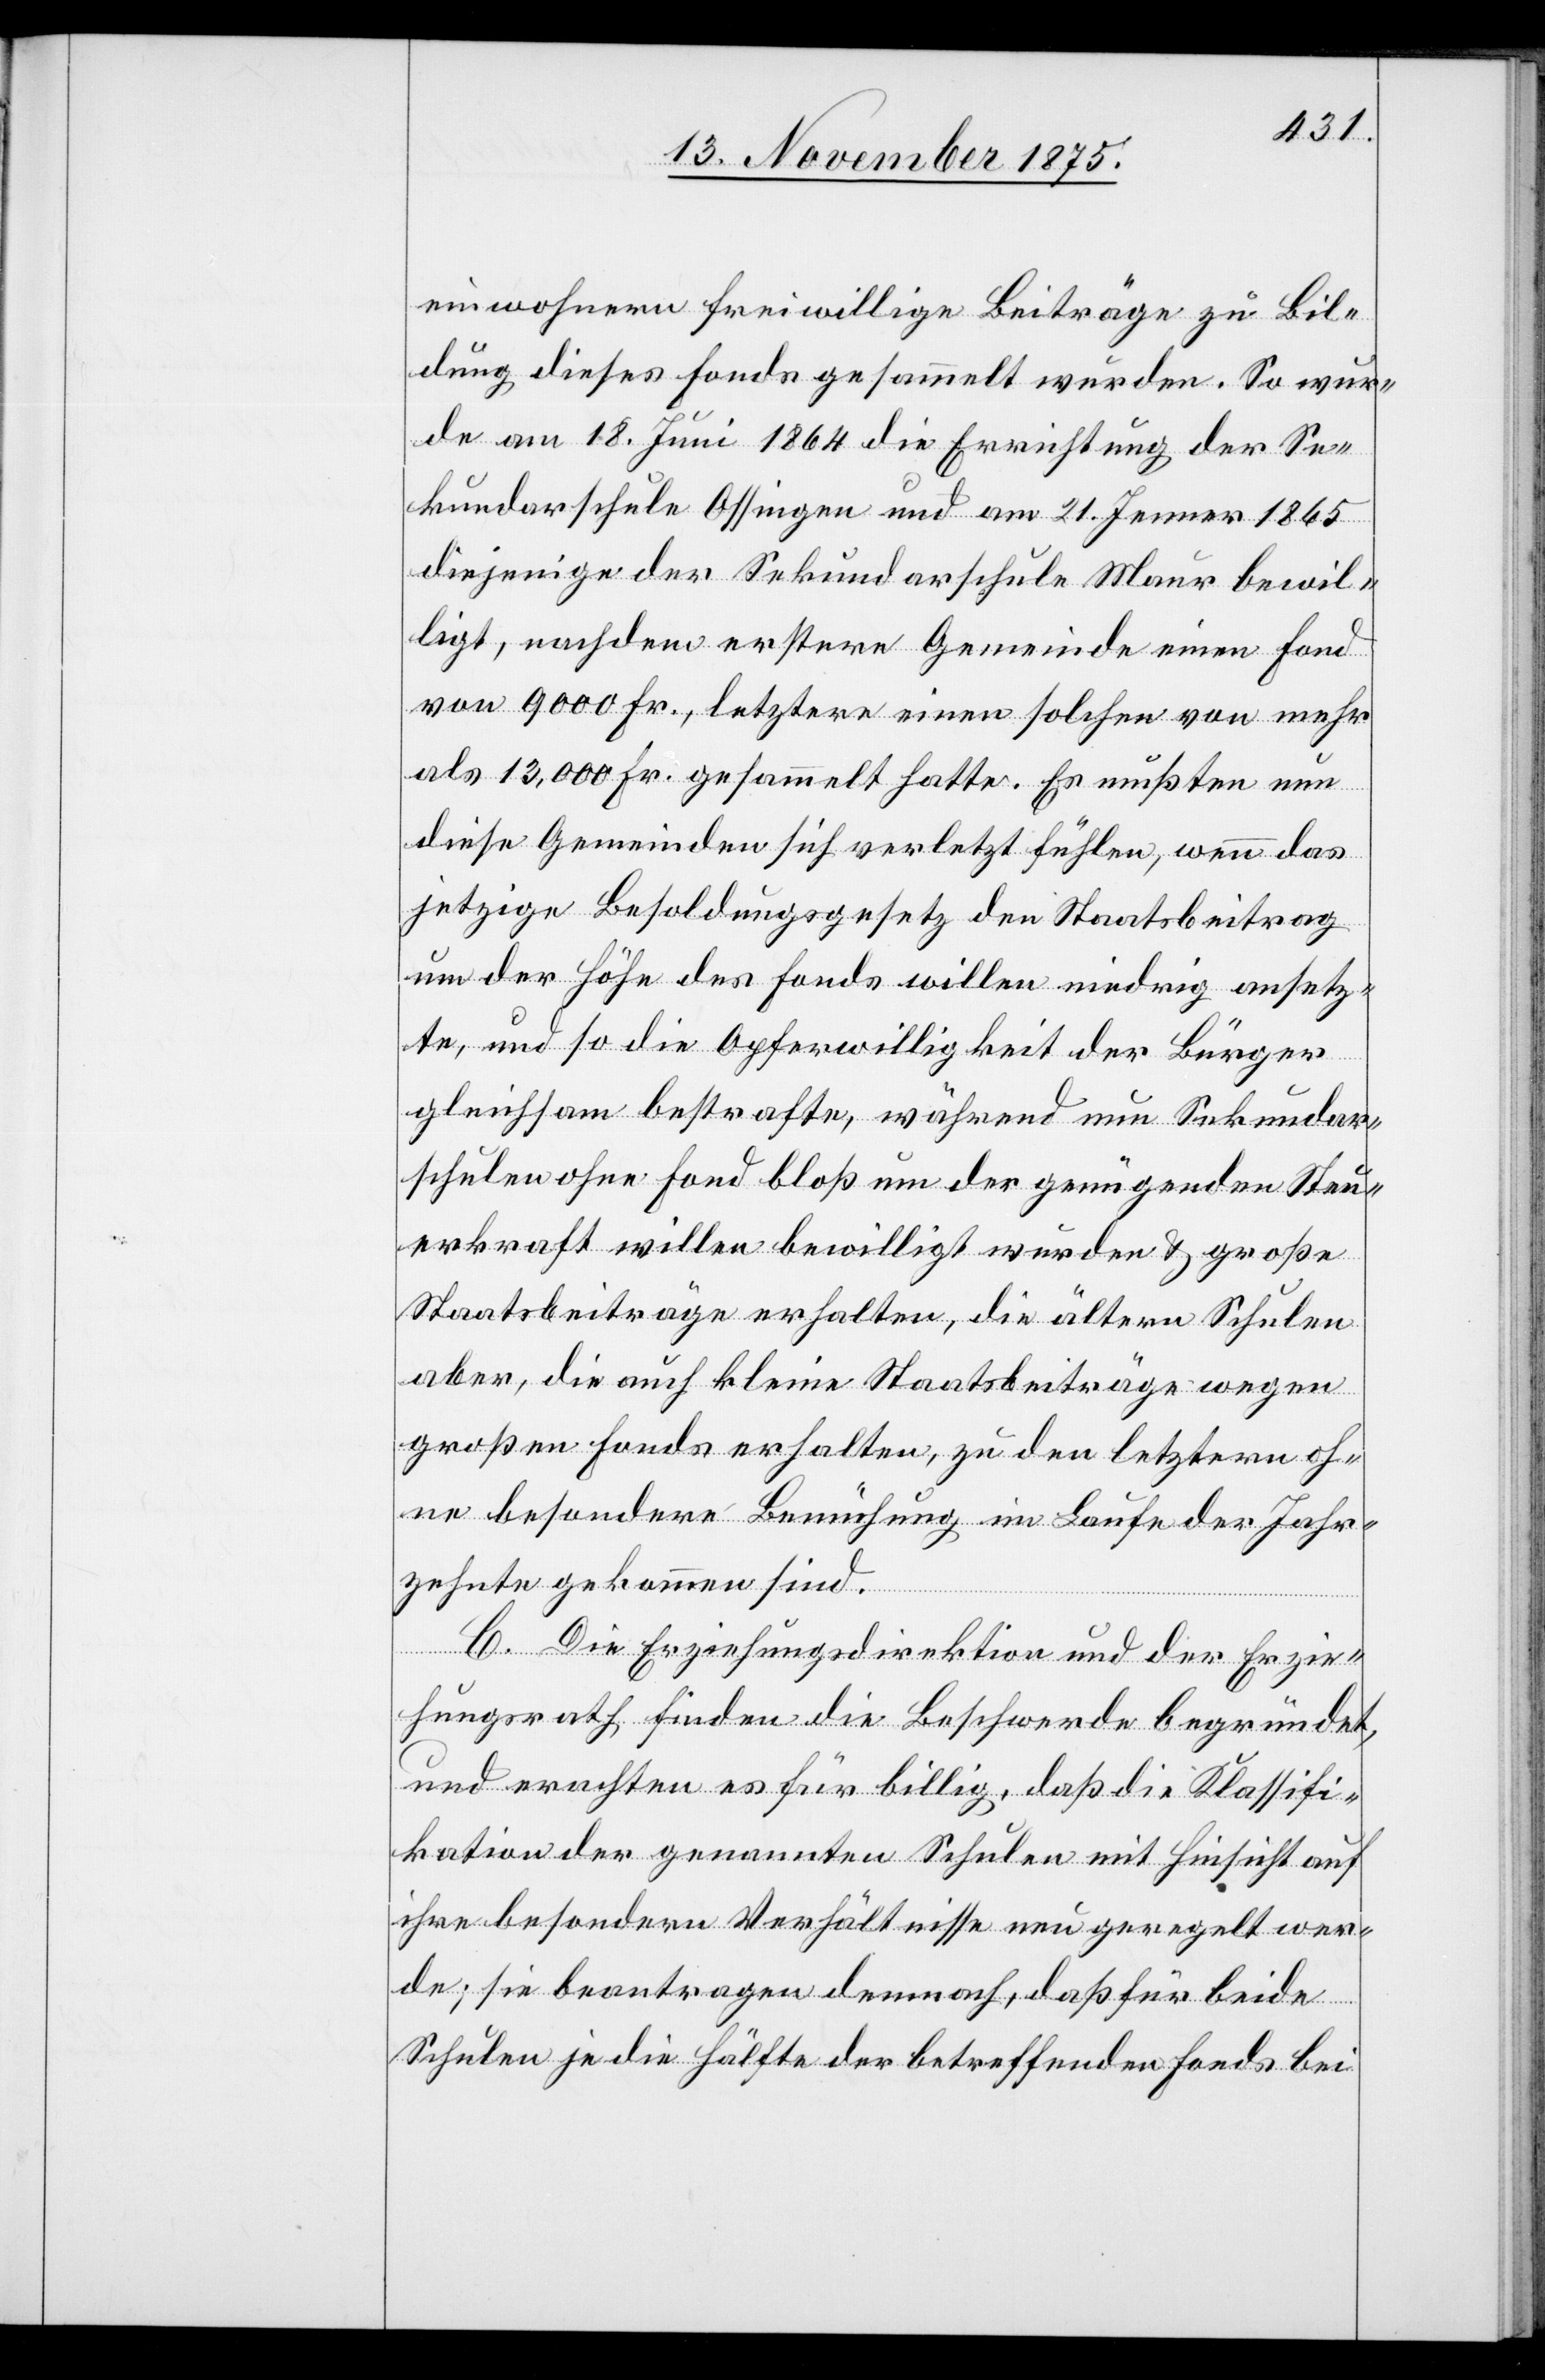
einwohnern freiwillige Beiträge zu Bil¬
dung dieses Fonds gesammelt wurden. So wur¬
de am 18. Juni 1864 die Errichtung der Se¬
kundarschule Ossingen und am 21. Jenner 1865
diejenige der Sekundarschule Maur bewil¬
ligt, nachdem erstere Gemeinde einen Fond
von 9000 Fr., letztere einen solchen von mehr
als 13,000 Fr. gesammelt hatte. Es müßten nun
diese Gemeinden sich verletzt fühlen, wenn das
jetzige Besoldungsgesetz den Staatsbeitrag
um der Höhe des Fonds willen niedrig ansetz¬
te, und so die Opferwilligkeit der Bürger
gleichsam bestrafte, während nun Sekundar¬
schulen ohne Fond bloß um der genügenden Steu¬
erkraft willen bewilligt wurden & große
Staatsbeiträge erhalten, die ältern Schulen
aber, die auch kleine Staatsbeiträge wegen
großen Fonds erhalten, zu den letztern oh¬
ne besondere Bemühung im Laufe der Jahr¬
zehnte gekommen sind.
C. Die Erziehungsdirektion und der Erzie¬
hungsrath finden die Beschwerde begründet,
und erachten es für billig, daß die Klassifi¬
kation der genannten Schulen mit Hinsicht auf
ihre besondern Verhältnisse neu geregelt wer¬
de; sie beantragen demnach, daß für beide
Schulen je die Hälfte der betreffenden Fonds bei